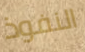
النفوذ